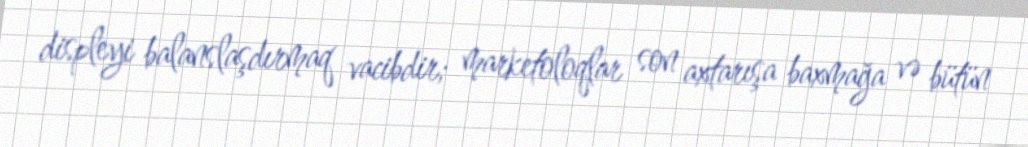
displeyi balanslaşdırmaq vacibdir; marketoloqlar son axtarışa baxmağa və bütün